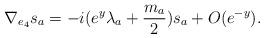
LaTeX: \begin{align*} \nabla_{ e_4}s_a = -i( e^y\lambda_a+\frac{m_a}{2})s_a +O(e^{-y}).\end{align*}